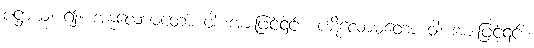
ပဋ္ဌာယ၊ ၍။ အနုလောမတော ဝါ၊ အားဖြင့်၎င်း။ ပဋိလောမတော ဝါ၊ အားဖြင့်၎င်း။